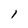
Character: l